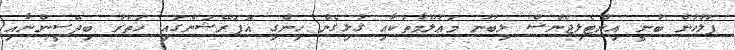
ފުލުހުން ބުނީ އިންޓެލިޖެންސް ލިބުނު މަޢުލޫމާތަކާއި ގުޅިގެން ހިންގި އޮޕަރޭޝަންގައި ހަތަރު ބިދޭސީންނާއި